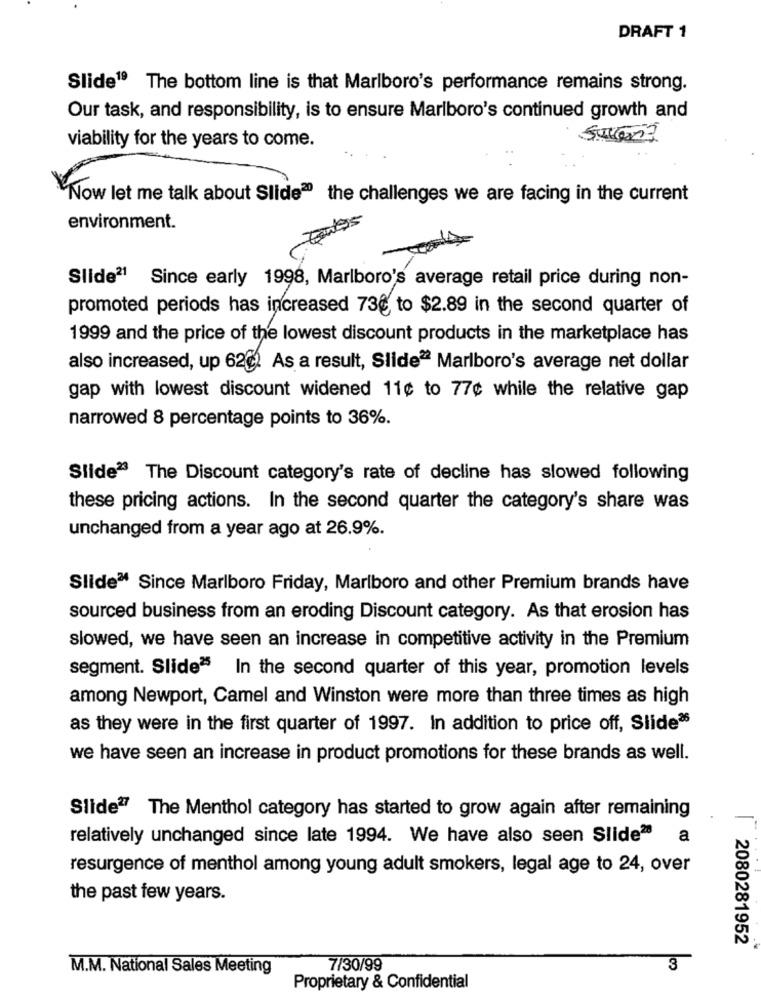
DRAFT 1
Slide19 The bottom line is that Marlboro's performance remains strong.
Our task, and responsibility, is to ensure Marlboro's continued growth and
viability for the years to come.
Now let me talk about Slide20 the challenges we are facing in the current
environment.
Slide21 Since early 1998, Marlboro's average retail price during non-
promoted periods has increased 73€ to $2.89 in the second quarter of
1999 and the price of the lowest discount products in the marketplace has
also increased, up 62℃. As a result, Slide22 Marlboro's average net dollar
gap with lowest discount widened 11¢ to 77¢ while the relative gap
narrowed 8 percentage points to 36%.
Slide23 The Discount category's rate of decline has slowed following
these pricing actions. In the second quarter the category's share was
unchanged from a year ago at 26.9%.
Slide" Since Marlboro Friday, Marlboro and other Premium brands have
sourced business from an eroding Discount category. As that erosion has
slowed, we have seen an increase in competitive activity in the Premium
segment. Slide25 In the second quarter of this year, promotion levels
among Newport, Camel and Winston were more than three times as high
as they were in the first quarter of 1997. In addition to price off, Slide36
we have seen an increase in product promotions for these brands as well.
Slide27 The Menthol category has started to grow again after remaining
relatively unchanged since late 1994. We have also seen Slide2 a
resurgence of menthol among young adult smokers, legal age to 24, over
the past few years.
2080281952
M.M. National Sales Meeting
7/30/99
3
Proprietary & Confidential